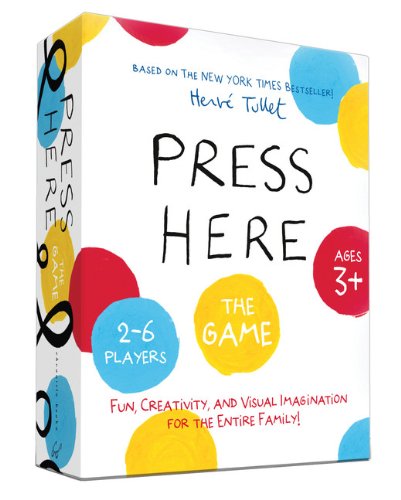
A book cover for Press Here Game; Herve Tullet; Humor & Entertainment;